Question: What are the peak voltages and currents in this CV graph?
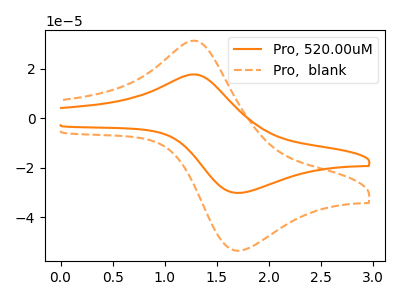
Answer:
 <answer>The orange curve "Pro, 520.00uM" has an anodic peak at (1.25V, 17.65uA) and a cathodic peak at (1.70V, -30.20uA). The orange dashed curve "Pro,  blank" has an anodic peak at (1.25V, 31.25uA) and a cathodic peak at (1.70V, -53.55uA).</answer>
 <eval></eval>